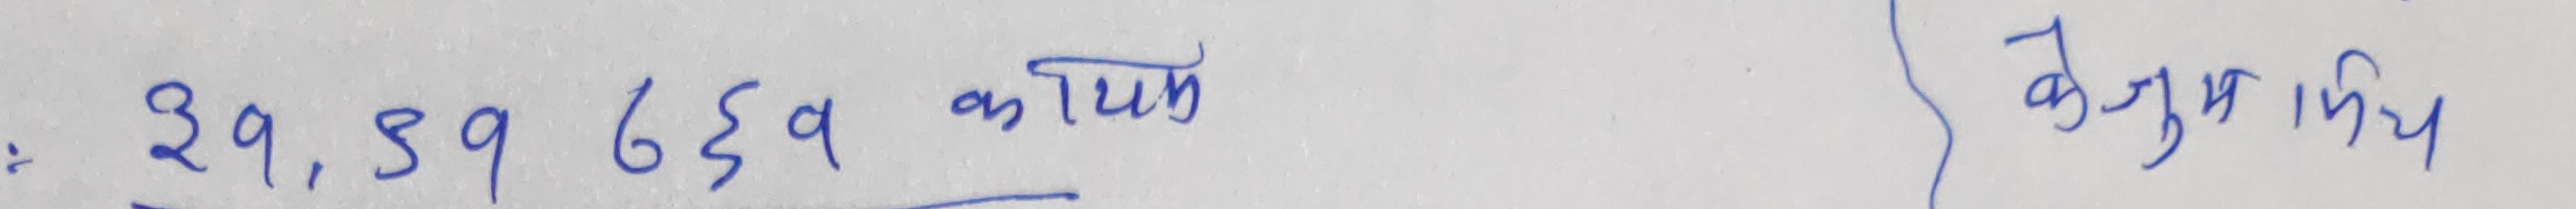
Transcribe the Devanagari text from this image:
३१, ३९, ६६व कायम कञ्जुमापिंच